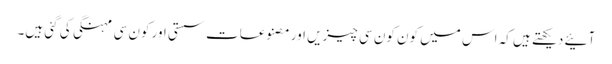
آئیے دیکھتے ہیں کہ اس میں کون کون سی چیزیں اور مصنوعات سستی اور کون سی مہنگی کی گئی ہیں۔